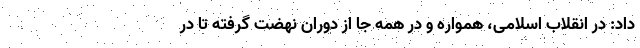
داد: در انقلاب اسلامی، همواره و در همه جا از دوران نهضت گرفته تا در